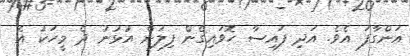
އަންގާފަ އެވެ. އަދި ފައިސާ ހޮވައިގެން ފިލަން އުޅުނު ދެ މީހަކު އެ